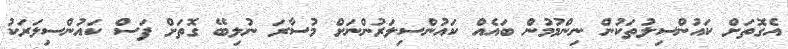
އެގޮތަށް ކައުންސިލުތަކުން ނިންމުމުން ބައެއް ކައުންސިލަރުންނަށް މުސާރަ ނުލިބޭ ގޮތަށް ފަސް ކައުންސިލަރަކު